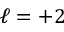
\ell = + 2